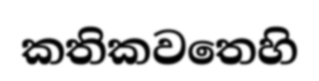
කතිකවතෙහි